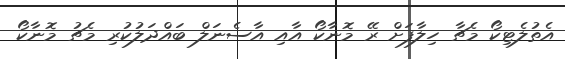
އެތުލެޓިކޯ މެޗާ ހިލާފަށް ރޭ މޮނާކޯ އާއި އާސެނަލް ބައްދަލުކުރި މެޗު މޮނާކޯ